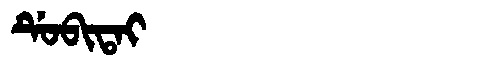
Manchu: ᡩᡠᠪᡳᡨᠠᡳ
Romanization: DUBITAI